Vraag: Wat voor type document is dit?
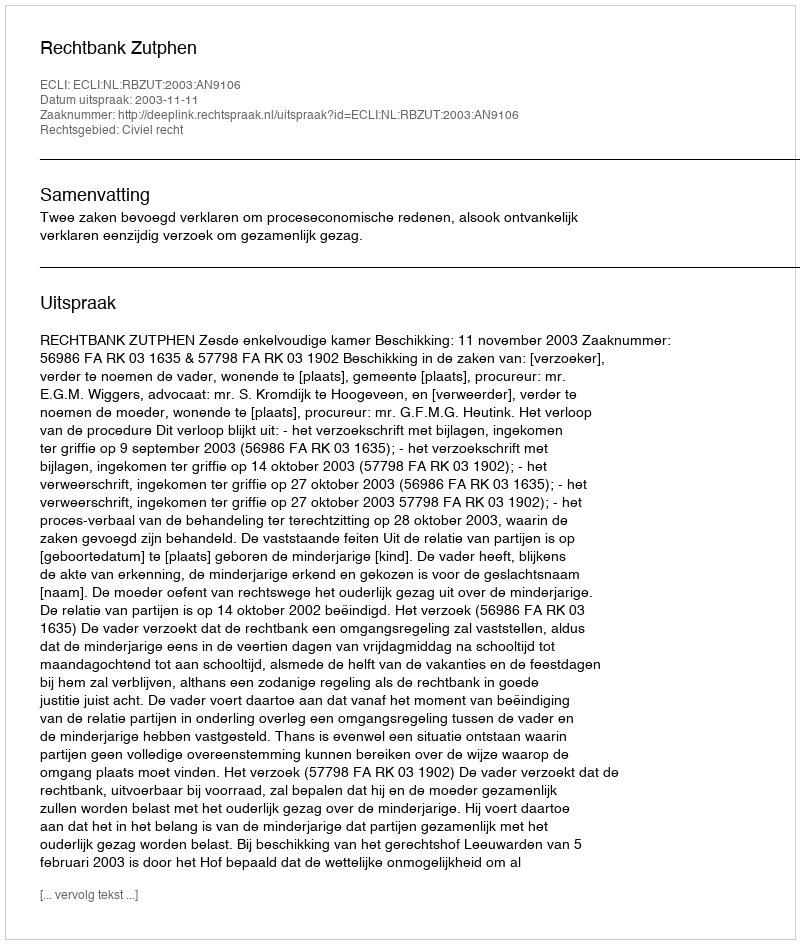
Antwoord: Uitspraak